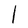
Character: l